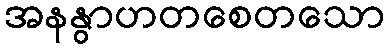
အနနွာဟတစေတသော